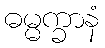
ဓမ္မက္ခာနံ